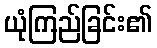
ယုံကြည်ခြင်း၏